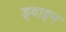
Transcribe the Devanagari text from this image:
ड्वाइन